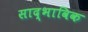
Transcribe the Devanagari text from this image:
साद्भाविक